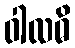
ဝါလဓိ